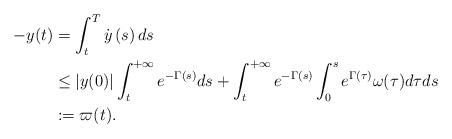
LaTeX: \begin{align*}-y(t) & =\int_{t}^{T}\dot{y}\left( s\right) ds\\& \leq\left\vert y(0)\right\vert \int_{t}^{+\infty}e^{-\Gamma(s)}ds+\int_{t}^{+\infty}e^{-\Gamma(s)}\int_{0}^{s}e^{\Gamma(\tau)}\omega(\tau)d\tau ds\\& :=\varpi(t).\end{align*}